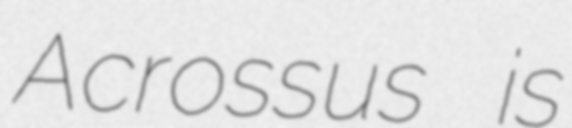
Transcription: Acrossus is